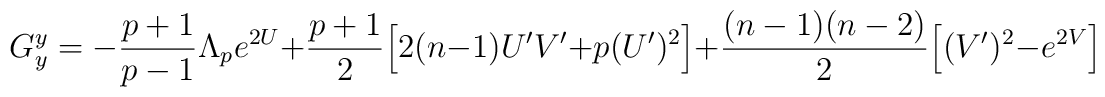
G_y^y=-\frac{p+1}{p-1}\Lambda_p e^{2U}+\frac{p+1}{2}\Big[2(n-1) U' V' + p (U')^2\Big] +\frac{(n-1)(n-2)}{2}\Big[(V')^2-e^{2V}\Big]